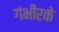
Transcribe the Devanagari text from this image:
गंभीरके